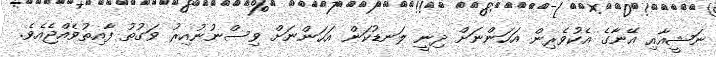
ނަޝީއާއި އޭނާގެ އެކުވެރިން އަހަންނަށް ދިނީ ލަނޑުކަން އަހަންނަށް ވިސްނުނުއިރު ވަގުތު ފާއިތުވެއްޖެއެވެ.